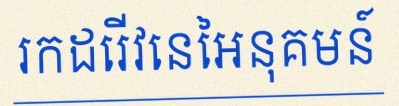
រកដេរីវេនៃអនុគមន៍